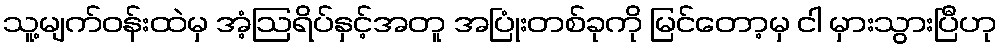
သူ့မျက်ဝန်းထဲမှ အံ့ဩရိပ်နှင့်အတူ အပြုံးတစ်ခုကို မြင်တော့မှ ငါ မှားသွားပြီဟု